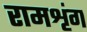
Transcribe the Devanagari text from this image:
रामशृंग